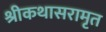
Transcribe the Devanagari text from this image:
श्रीकथासरामृत